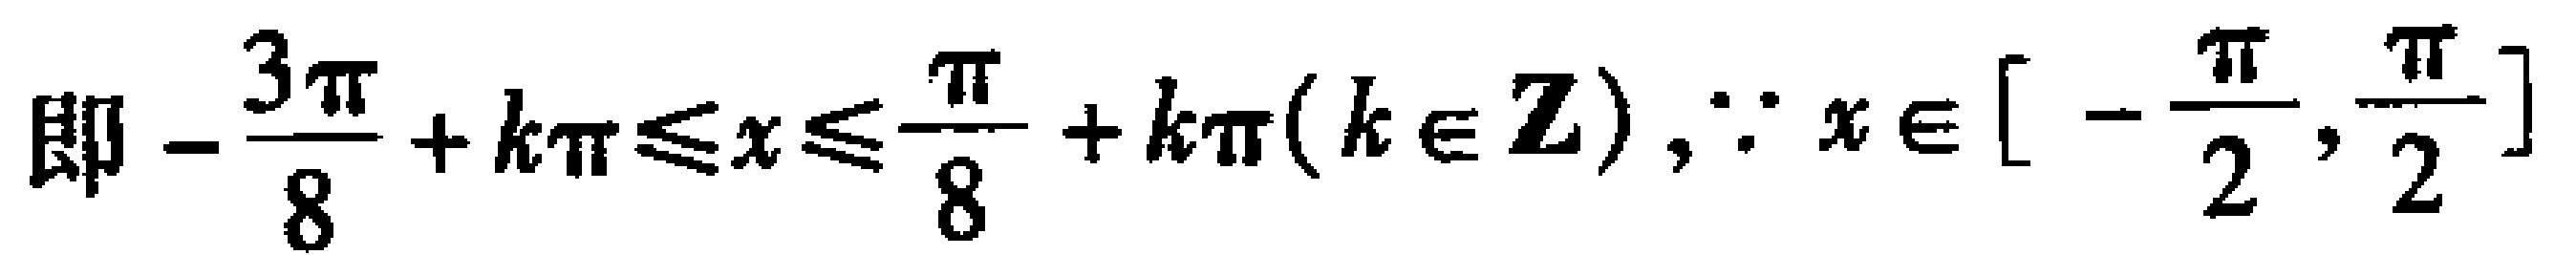
即\(-\frac{3\pi}{8}+k\pi\leqslant x\leqslant\frac{\pi}{8}+k\pi(k\in\mathbf{Z}),\because x\in[-\frac{\pi}{2},\frac{\pi}{2}]\)